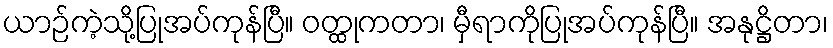
ယာဉ်ကဲ့သို့ပြုအပ်ကုန်ပြီ။ ဝတ္ထုကတာ၊ မှီရာကိုပြုအပ်ကုန်ပြီ။ အနုဋ္ဌိတာ၊